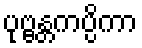
ပုဗ္ဗန္တကပ္ပိကာ